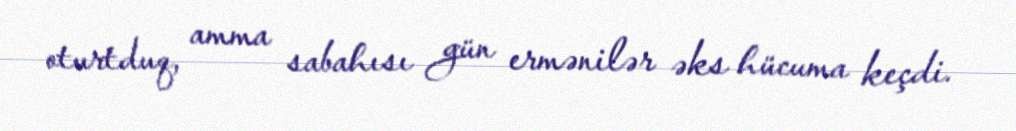
oturtduq, amma sabahısı gün ermənilər əks hücuma keçdi.